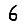
Digit: 6